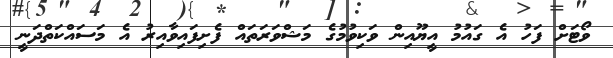
ވޯޓަށް ފަހު އެ ގައުމު އީޔޫއިން ވަކިވުމުގެ މަޝްވަރަތައް ފެށިފައިވާއިރު އެ މަސައްކަތްދަނީ